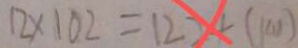
1 2 \times 1 0 2 = 1 2 2 4 ( k m )